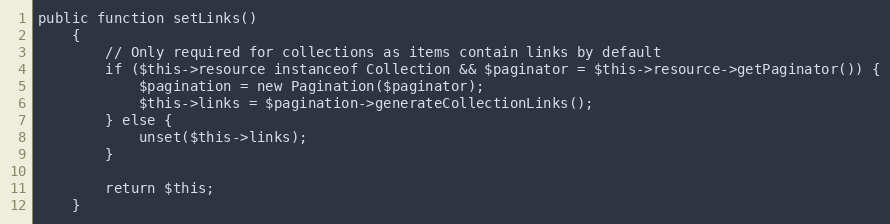
Language: PHP
public function setLinks()
    {
        // Only required for collections as items contain links by default
        if ($this->resource instanceof Collection && $paginator = $this->resource->getPaginator()) {
            $pagination = new Pagination($paginator);
            $this->links = $pagination->generateCollectionLinks();
        } else {
            unset($this->links);
        }

        return $this;
    }